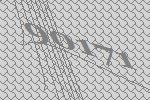
90171